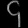
Digit: ၄